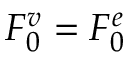
F _ { 0 } ^ { v } = F _ { 0 } ^ { e }